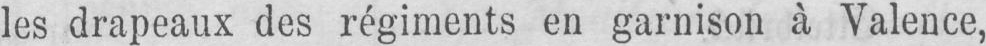
les drapeaux des régiments en garnison à Valence,